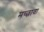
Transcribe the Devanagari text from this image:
मच्छावा